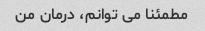
مطمئنا می توانم، درمان من